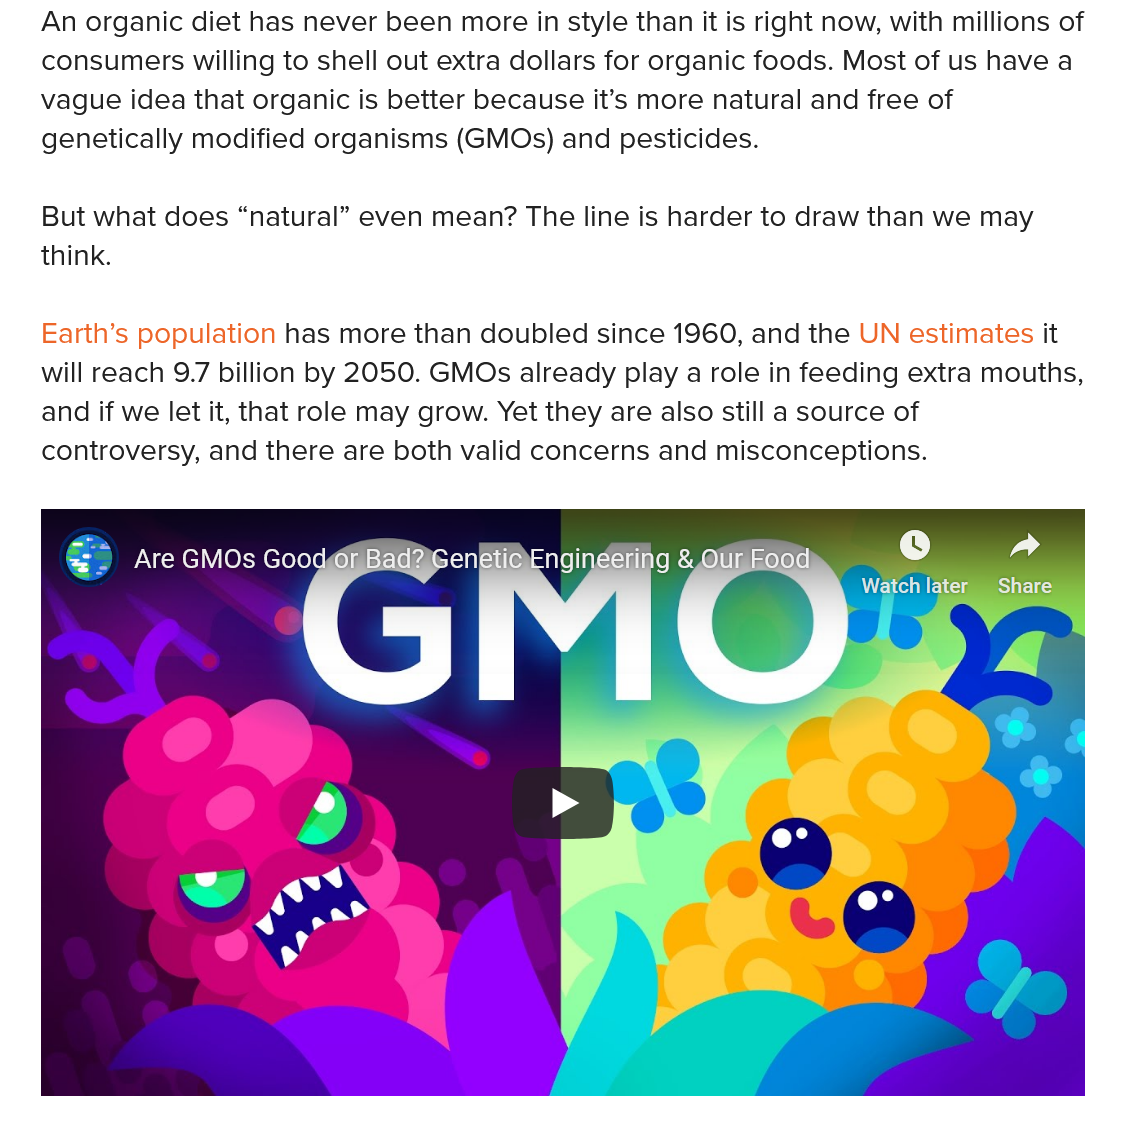
An organic diet has never been more in style than it is right now, with millions of
   consumers willing to shell out extra dollars for organic foods. Most of us have a
   vague idea that organic is better because it’s more natural and free of
   genetically modified organisms (GMOs) and pesticides.
   But what does “natural” even mean? The line is harder to draw than we may
   think.
   Earth’s population has more than doubled since 1960, and the UN estimates it
   will reach 9.7 billion by 2050. GMOs already play a role in feeding extra mouths,
   and if we let it, that role may grow. Yet they are also still a source of
   controversy, and there are both valid concerns and misconceptions.
     Are GMOs Good    Sen| ‘ay  r
     Pere
     Watch later Share